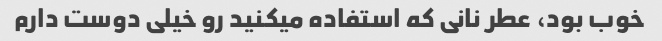
خوب بود، عطر نانی که استفاده میکنید رو خیلی دوست دارم